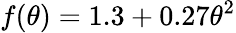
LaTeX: f(\theta)=1.3+0.27\theta^{2}